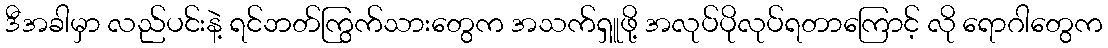
ဒီအခါမှာ လည်ပင်းနဲ့ ရင်ဘတ်ကြွက်သားတွေက အသက်ရှူဖို့ အလုပ်ပိုလုပ်ရတာကြောင့် လို ရောဂါတွေက